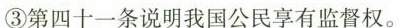
③第四十一条说明我国公民享有监督权。